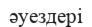
әуездері